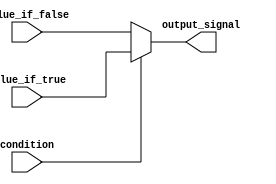
module conditional_assignment (
    input condition,
    input value_if_true,
    input value_if_false,
    output reg output_signal
);

always @* begin
    if (condition)
        output_signal = value_if_true;
    else
        output_signal = value_if_false;
end

endmodule